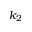
k _ { 2 }